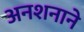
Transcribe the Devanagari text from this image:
अनशनाने